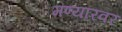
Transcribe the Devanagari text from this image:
मण्यारवर